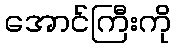
အောင်ကြီးကို